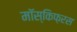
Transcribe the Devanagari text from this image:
मॉस्किफ़रस